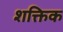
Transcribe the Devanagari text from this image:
शक्तिक